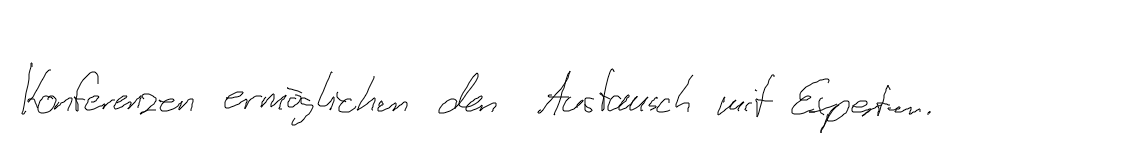
Konferenzen ermöglichen den Austausch mit Experten.